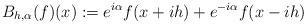
LaTeX: \begin{align*}B_{h, \alpha}(f) (x) := e^{i\alpha}f(x+ih) + e^{-i\alpha} f(x-ih)\end{align*}